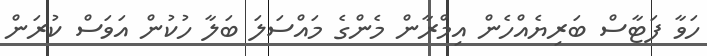
ހަވާ ފަޓާސް ބަރިޔެއްހެން އިމްރާން މެންގެ މައްސަލަ ބަލާ ހުކުން އަވަސް ކުރަން